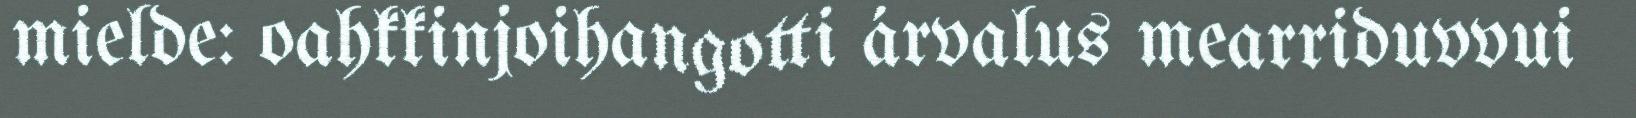
mielde: oahkkinjoihangotti árvalus mearriduvvui